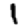
Digit: 1